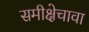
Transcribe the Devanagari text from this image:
समीक्षेचावा